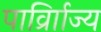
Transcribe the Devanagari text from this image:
पार्व्राािज्य